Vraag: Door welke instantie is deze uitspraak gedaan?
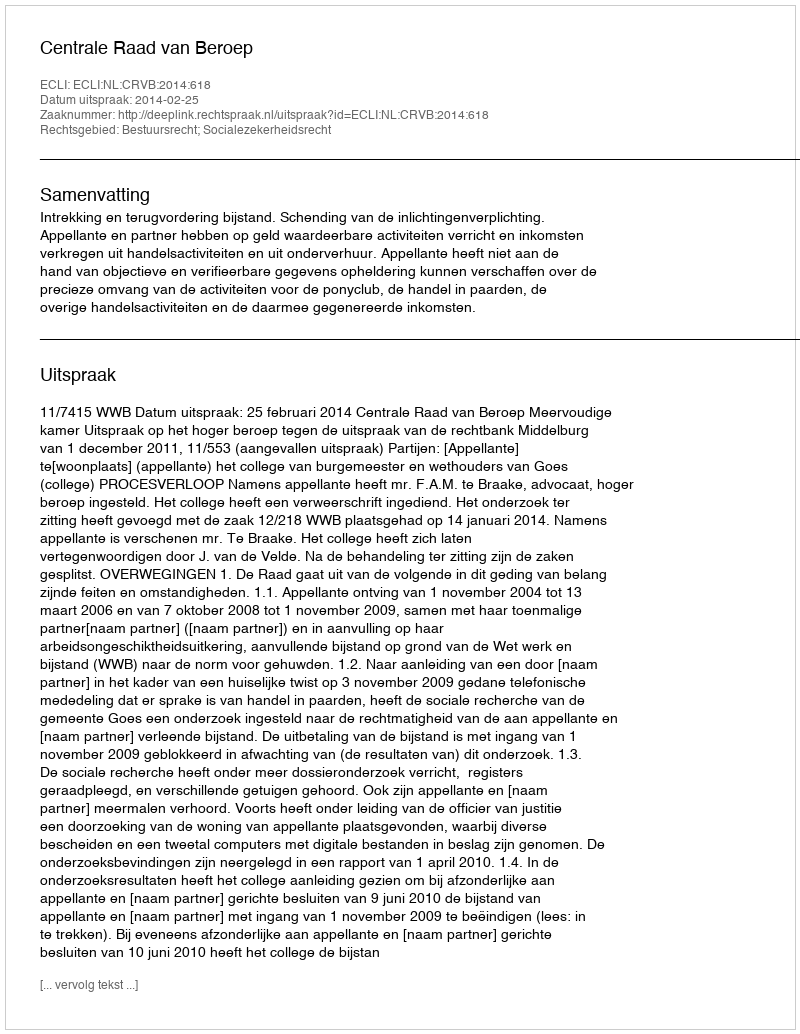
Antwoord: Centrale Raad van Beroep